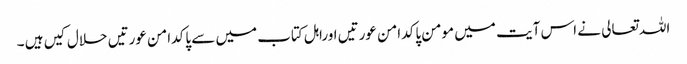
اللہ تعالی نے اس آیت میں مومن پاکدامن عورتیں اوراہل کتاب میں سے پاکدامن عورتیں حلال کیں ہیں ۔